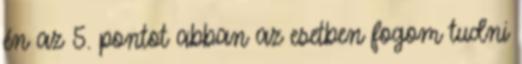
én az 5. pontot abban az esetben fogom tudni